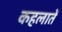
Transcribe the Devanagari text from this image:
कहलातें